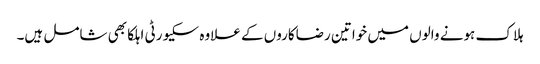
ہلاک ہونے والوں میں خواتین رضاکاروں کے علاوہ سکیورٹی اہلکا بھی شامل ہیں۔